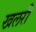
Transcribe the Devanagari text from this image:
खलरी